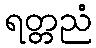
ရတ္တညံ